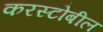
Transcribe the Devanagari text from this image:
करस्टोबील